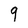
Character: 9